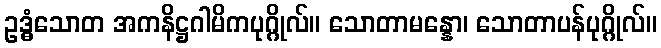
ဥဒ္ဓံသောတ အကနိဋ္ဌဂါမိကပုဂ္ဂိုလ်။ သောတာမန္နော၊ သောတာပန်ပုဂ္ဂိုလ်။